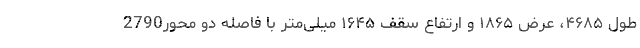
طول ۴۶۸۵، عرض ۱۸۶۵ و ارتفاع سقف ۱۶۴۵ میلی‌متر با فاصله دو محور2790